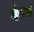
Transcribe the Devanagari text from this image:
देयप